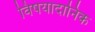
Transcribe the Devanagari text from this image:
विषयादानिक